Annual administration report of the Civil Veterinary Department of India - 1897-1898
Year: 1897
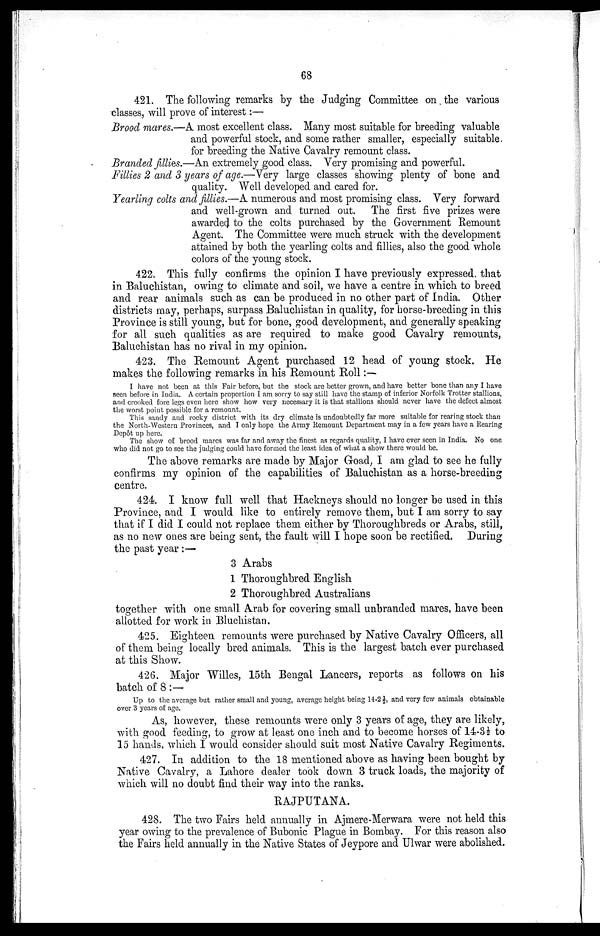
68
421. The following remarks by the Judging Committee on the various
classes, will prove of interest:—
Brood mares.—A most excellent class. Many most suitable for breeding valuable
and powerful stock, and some rather smaller, especially suitable.
for breeding the Native Cavalry remount class.
Branded fillies.—An extremely good class. Very promising and powerful.
Fillies 2 and 3 years of age.—Very large classes showing plenty of bone and
quality. Well developed and cared for.
Yearling colts and fillies.—A numerous and most promising class. Very forward
and well-grown and turned out. The first five prizes were
awarded to the colts purchased by the Government Remount
Agent. The Committee were much struck with the development
attained by both the yearling colts and fillies, also the good whole
colors of the young stock.
422. This fully confirms the opinion I have previously expressed, that
in Baluchistan, owing to climate and soil, we have a centre in which to breed
and rear animals such as can be produced in no other part of India. Other
districts may, perhaps, surpass Baluchistan in quality, for horse-breeding in this
Province is still young, but for bone, good development, and generally speaking
for all such qualities as are required to make good Cavalry remounts,
Baluchistan has no rival in my opinion.
423. The Remount Agent purchased 12 head of young stock. He
makes the following remarks in his Remount Roll:—
I have not been at this Fair before, but the stock are better grown, and have better bone than any I have
seen before in India. A certain proportion I am sorry to say still have the stamp of inferior Norfolk Trotter stallions,
and crooked fore legs even here show how very necessary it is that stallions should never have the defect almost
the worst point possible for a remount.
This sandy and rocky district with its dry climate is undoubtedly far more suitable for rearing stock than
the North-Western Provinces, and I only hope the Army Remount Department may in a few years have a Rearing
Depôt up here.
The show of brood mares was far and away the finest as regards quality, I have ever seen in India. No one
who did not go to see the judging could have formed the least idea of what a show there would be.
The above remarks are made by Major Goad, I am glad to see he fully
confirms my opinion of the capabilities of Baluchistan as a horse-breeding
centre.
424. I know full well that Hackneys should no longer be used in this
Province, and I would like to entirely remove them, but I am sorry to say
that if I did I could not replace them either by Thoroughbreds or Arabs, still,
as no new ones are being sent, the fault will I hope soon be rectified. During
the past year:—
3
1
2
Arabs
Thoroughbred English
Thoroughbred Australians
together with one small Arab for covering small unbranded mares, have been
allotted for work in Bluchistan.
425. Eighteen remounts were purchased by Native Cavalry Officers, all
of them being locally bred animals. This is the largest batch ever purchased
at this Show.
426. Major Willes, 15th Bengal Lancers, reports as follows on his
batch of 8:—
Up to the average but rather small and young, average height being 14-2½, and very few animals obtainable
over 3 years of age.
As, however, these remounts were only 3 years of age, they are likely,
with good feeding, to grow at least one inch and to become horses of 14-3½ to
15 hands, which I would consider should suit most Native Cavalry Regiments.
427. In addition to the 18 mentioned above as having been bought by
Native Cavalry, a Lahore dealer took down 3 truck loads, the majority of
which will no doubt find their way into the ranks.
RAJPUTANA.
428. The two Fairs held annually in Ajmere-Merwara were not held this
year owing to the prevalence of Bubonic Plague in Bombay. For this reason also
the Fairs held annually in the Native States of Jeypore and Ulwar were abolished.